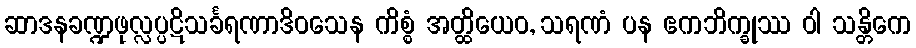
ဆာဒနခဏ္ဍဖုလ္လပ္ပဋိသင်္ခရဏာဒိဝသေန ကိစ္စံ အတ္ထိယေဝ, သရဏံ ပန ဧကဘိက္ခုဿ ဝါ သန္တိကေ